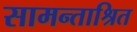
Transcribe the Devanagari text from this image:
सामन्ताश्रित